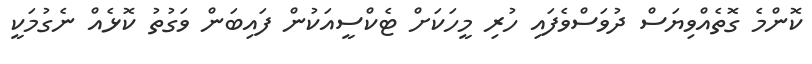
ކޮންމެ ގޮތެއްވިޔަސް ދުވަސްވެފައި ހުރި މީހަކަށް ޓެކްސީއަކުން ފައިބަން ވަގުތު ކޮޅެއް ނެގުމަކީ